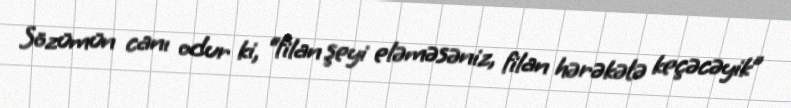
Sözümün canı odur ki, “filan şeyi eləməsəniz, filan hərəkətə keçəcəyik”